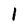
Character: 1